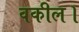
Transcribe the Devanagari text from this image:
वकील।